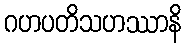
ဂဟပတိသဟဿာနိ